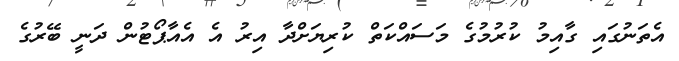
އެތަނުގައި ގާއިމު ކުރުމުގެ މަސައްކަތް ކުރިޔަށްދާ އިރު އެ އެއާޕޯޓުން ދަނީ ބޭރުގެ